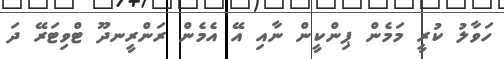
ހަވާލު ކުރީ މަމެން ޕިންކީން ނާއި އޭ އެެމެން ރަންރީނދޫ ޓްވިޓަރޭ ދަ